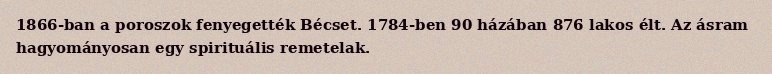
1866-ban a poroszok fenyegették Bécset. 1784-ben 90 házában 876 lakos élt. Az ásram hagyományosan egy spirituális remetelak.